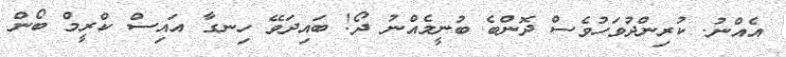
އެއްނު. ކުރިންދުވަހުވެސް ދޮންބެ ބުނީމެއްނު ދޯ! ބައިދަވޭ ހިނގާ އައިސް ކްރީމް ބޯން